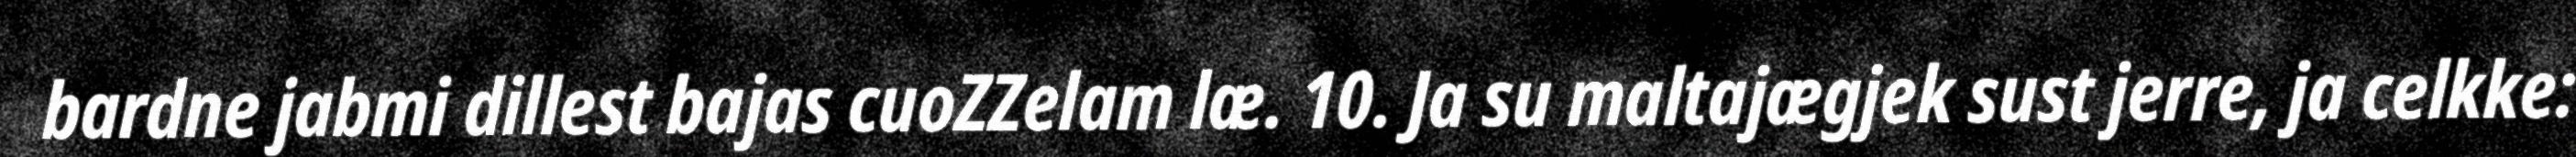
bardne jabmi dillest bajas cuoZZelam læ. 10. Ja su maltajægjek sust jerre, ja celkke: